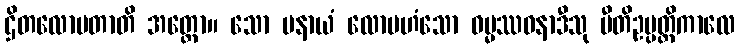
ဌိတလောမတာတိ အတ္ထော။ သော ပနာယံ လောမဟံသော ဓမ္မဿဝနာဒီသု ပီတိဥပ္ပတ္တိကာလေ